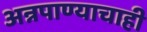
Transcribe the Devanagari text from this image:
अन्नपाण्याचाही